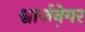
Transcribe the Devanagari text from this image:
श्वार्जने़गर